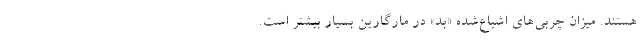
هستند. میزان چربی‌های اشباع‌شده «بد» در مارگارین بسیار بیشتر است.